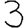
Digit: 3